Lunatic asylums in Bengal annual reports 1912-1924 - 1912-1924
Year: 1912
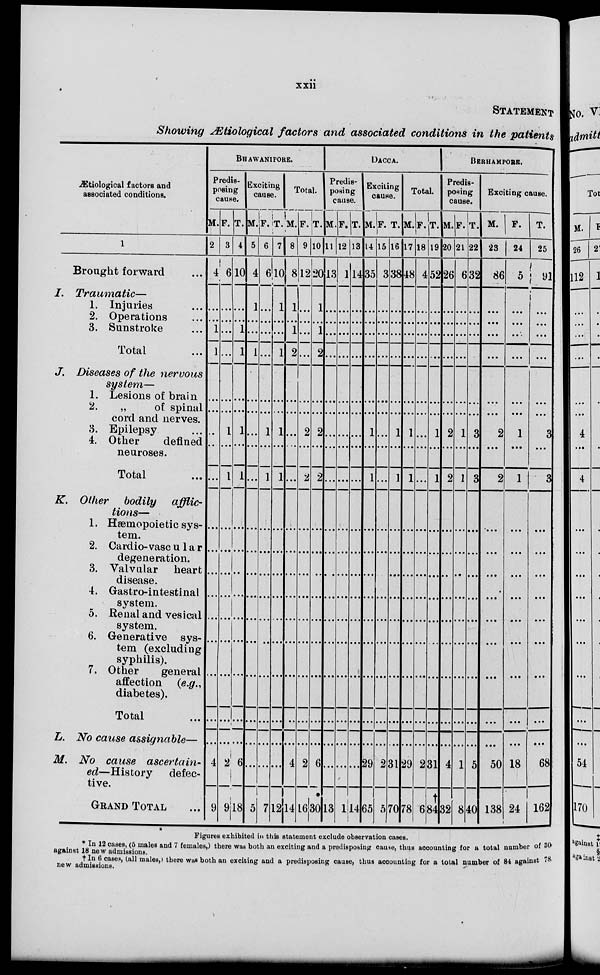
xxii
STATEMENT
Showing Ætiological factors and associated conditions in the patients
Ætiological factors and
associated conditions.
1
Brought forward ...
I.
Traumatic—
1. Injuries ...
2. Operations ...
3. Sunstroke ...
Total ...
J. Diseases of the nervous
system—
1. Lesions of brain
2.
„
of spinal
cord and nerves.
3. Epilepsy
4. Other
defined
neuroses.
Total ...
K. Other bodily
afflic-
tions—
1. Hæmopoietic sys-
tem.
2. Cardio-vascu1ar
degeneration.
3. Valvular
heart
disease.
4. Gastro-intestinal
system.
5. Renal and vesical
system.
6. Generative sys-
tem (excluding
syphilis).
7. Other
general
affection (e.g.,
diabetes).
Total ...
L. No cause assignable—
M. No cause
ascertain-
ed—History
defec-
tive.
GRAND TOTAL ...
BHAWANIPORE.
Predis-
posing
cause.
M.
2
4
...
...
1
1
...
...
...
...
...
...
...
...
...
...
...
...
...
...
4
9
F.
3
6
...
...
...
...
...
...
1
...
1
...
...
...
...
...
...
...
...
...
2
9
T.
4
10
...
...
1
1
...
...
1
...
1
...
...
...
...
...
...
...
...
...
6
18
Exciting
cause.
M.
5
4
1
...
...
1
...
...
...
...
...
...
...
...
...
...
...
...
...
...
...
5
F.
6
6
...
...
...
...
...
...
1
...
1
...
...
...
...
...
...
...
...
...
...
7
T.
7
10
1
...
...
1
...
...
1
...
1
...
...
...
...
...
...
...
...
...
...
12
Total.
M.
8
8
1
...
1
2
...
...
...
...
...
...
...
...
...
...
...
...
...
...
4
14
F.
9
12
...
...
...
...
...
...
2
...
2
...
...
...
...
...
...
...
...
...
2
16
T.
10
20
1
...
1
2
...
...
2
...
2
...
...
...
...
...
...
...
...
...
6
30
DACCA.
Predis-
posing
cause.
M.
11
13
...
...
...
...
...
...
...
...
...
...
...
...
...
...
...
...
...
...
...
13
F.
12
1
...
...
...
...
...
...
...
...
...
...
...
...
...
...
...
...
...
...
...
1
T.
13
14
...
...
...
...
...
...
...
...
...
...
...
...
...
...
...
...
...
...
...
14
Exciting
cause.
M.
14
35
...
...
...
...
...
...
1
...
1
...
...
...
...
...
...
...
...
...
29
65
F.
l5
3
...
...
...
...
...
...
...
...
...
...
...
...
...
...
...
...
...
...
2
5
T.
16
38
...
...
...
...
...
...
1
...
1
...
...
...
...
...
...
...
...
...
31
70
Total.
M.
17
48
...
...
...
...
...
...
1
...
1
...
...
...
...
...
...
...
...
...
29
78
F.
18
4
...
...
...
...
...
...
...
...
...
...
...
...
...
...
...
...
...
...
2
6
T.
19
52
...
...
...
...
...
...
1
...
1
...
...
...
...
...
...
...
...
...
31
†
84
BERHAMPORE.
Predis-
poning
cause.
M.
20
26
...
...
...
...
...
...
2
...
2
...
...
...
...
...
...
...
...
...
4
32
F.
21
6
...
...
...
...
...
...
1
...
1
...
...
...
...
...
...
...
...
...
1
8
T.
22
32
...
...
...
...
...
...
3
...
3
...
...
...
...
...
...
...
...
...
5
40
Exciting cause.
M.
23
86
...
...
...
...
......
...
2
...
2
...
...
...
...
...
...
...
...
...
50
138
F.
24
5
...
...
...
...
...
...
1
...
1
...
...
...
...
...
...
...
...
...
18
24
T.
25
91
...
...
...
...
...
...
3
...
3
...
...
...
...
...
...
...
...
...
68
162
Figures exhibited in this statement exclude observation cases.
* In 12 cases, (5 males and 7 females,) there was both an exciting and a predisposing cause, thus accounting for a total number of 80
against 18 new admissions.
† In 6 cases, (all males,) there was both an exciting and a predisposing cause, thus accounting for a total number of 84 against 78
new admissions.